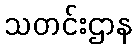
သတင်းဌာန